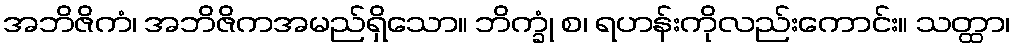
အဘိဇိကံ၊ အဘိဇိကအမည်ရှိသော။ ဘိက္ခုံ စ၊ ရဟန်းကိုလည်းကောင်း။ သတ္ထာ၊